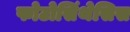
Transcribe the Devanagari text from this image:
फोटोसिंथेसिस